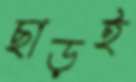
ছাড়ই